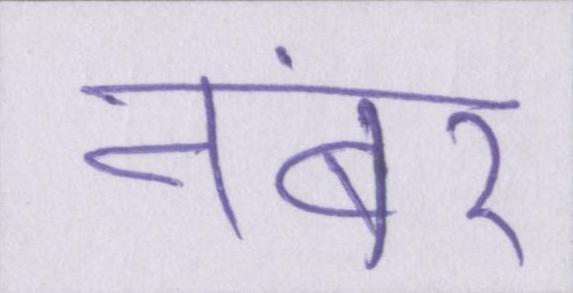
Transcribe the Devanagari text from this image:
नंबर